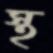
স্থ